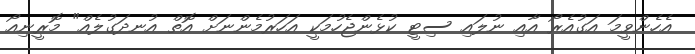
އެހެންވީމަ އަގުއެރޯ އާއި ނުލައި ސިޓީ ކުޅެންޖެހުމަކީ އަހަރުމެންނަށް އޮތް އުނދަގުލެއް" މޮރީނިއޯ